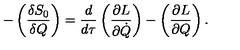
- \left( \frac { \delta S _ { 0 } } { \delta Q } \right) = \frac { d } { d \tau } \left( \frac { \partial L } { \partial \dot { Q } } \right) - \left( \frac { \partial L } { \partial Q } \right) .